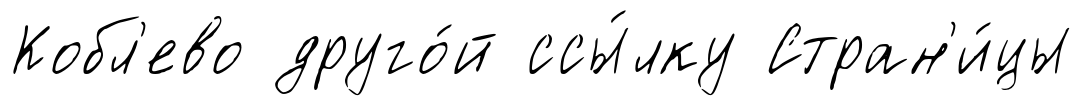
Кобл'ево друго́й ссы́лку Стран'и́цы